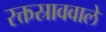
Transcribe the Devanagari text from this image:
रक्तस्राववाले